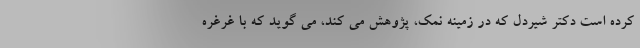
کرده است دکتر شیردل که در زمینه نمک، پژوهش می کند، می گوید که با غرغره